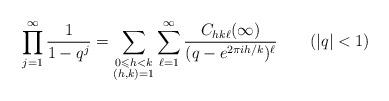
LaTeX: \begin{align*}\prod_{j=1}^\infty \frac{1}{1-q^j}=\sum_{\substack{0\leqslant h<k \\ (h,k)=1}}\sum_{\ell=1}^{\infty} \frac{C_{hk\ell}(\infty)}{(q-e^{2\pi ih/k})^\ell} \qquad(|q|<1)\end{align*}